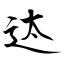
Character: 迏